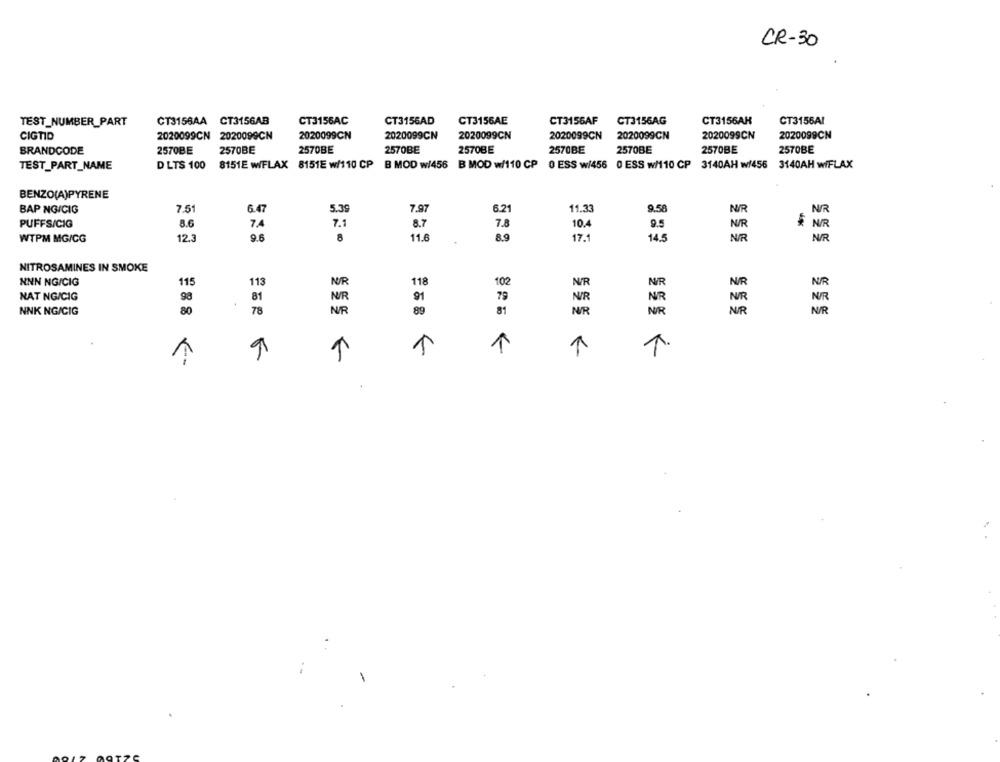
CR-30
TEST_NUMBER_PART
CT3156AA CT3156AB
CT3156AC
CT3156AD
CT3156AE
CT3156AF
CT3156AG
CT3156AH
CT3156AI
CIGTID
2020099CN 2020099CN
2020099CN
2020099CN
2020099CN
2020099CN
2020099CN
2020099CN
2020099CN
BRANDCODE
2570BE
2570BE
2570BE
2570BE
2570BE
2570BE
2570BE
2570BE
2570BE
TEST_PART_NAME
D LTS 100 8151E WIFLAX 8151E w/110 CP B MOD w/456 B MOD w/110 CP 0 ESS w/456 0 ESS w/110 CP 3140AH w/456 3140AH wiFLAX
BENZO(A)PYRENE
BAP NG/CIG
7.51
6.47
5.39
7.97
6.21
11.33
9.58
N/R
NR
PUFFS/CIG
7.4
10.4
8.6
7.1
8.7
7.8
9.5
N /R
$ N/R
11.6
17.1
WTPM MG/CG
12.3
9.6
8
8.9
14.5
N/R
N/R
NITROSAMINES IN SMOKE
NNN NG/CIG
118
102
NR
115
113
N/R
V/R
NUR
NAT NG/CIG
98
4.
81
NUR
91
79
NUR
NR
NUR
NNK NG/CIG
80
78
NUR
89
81
NR
NR
NUR
N/R
1
1
1
1
9
1